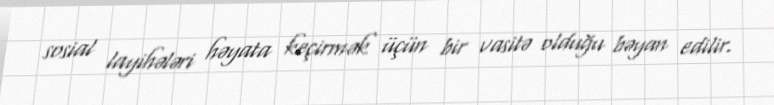
sosial layihələri həyata keçirmək üçün bir vasitə olduğu bəyan edilir.